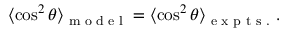
\begin{array} { r } { \langle \cos ^ { 2 } \theta \rangle _ { \textrm { m o d e l } } = \langle \cos ^ { 2 } \theta \rangle _ { \textrm { e x p t s . } } . } \end{array}